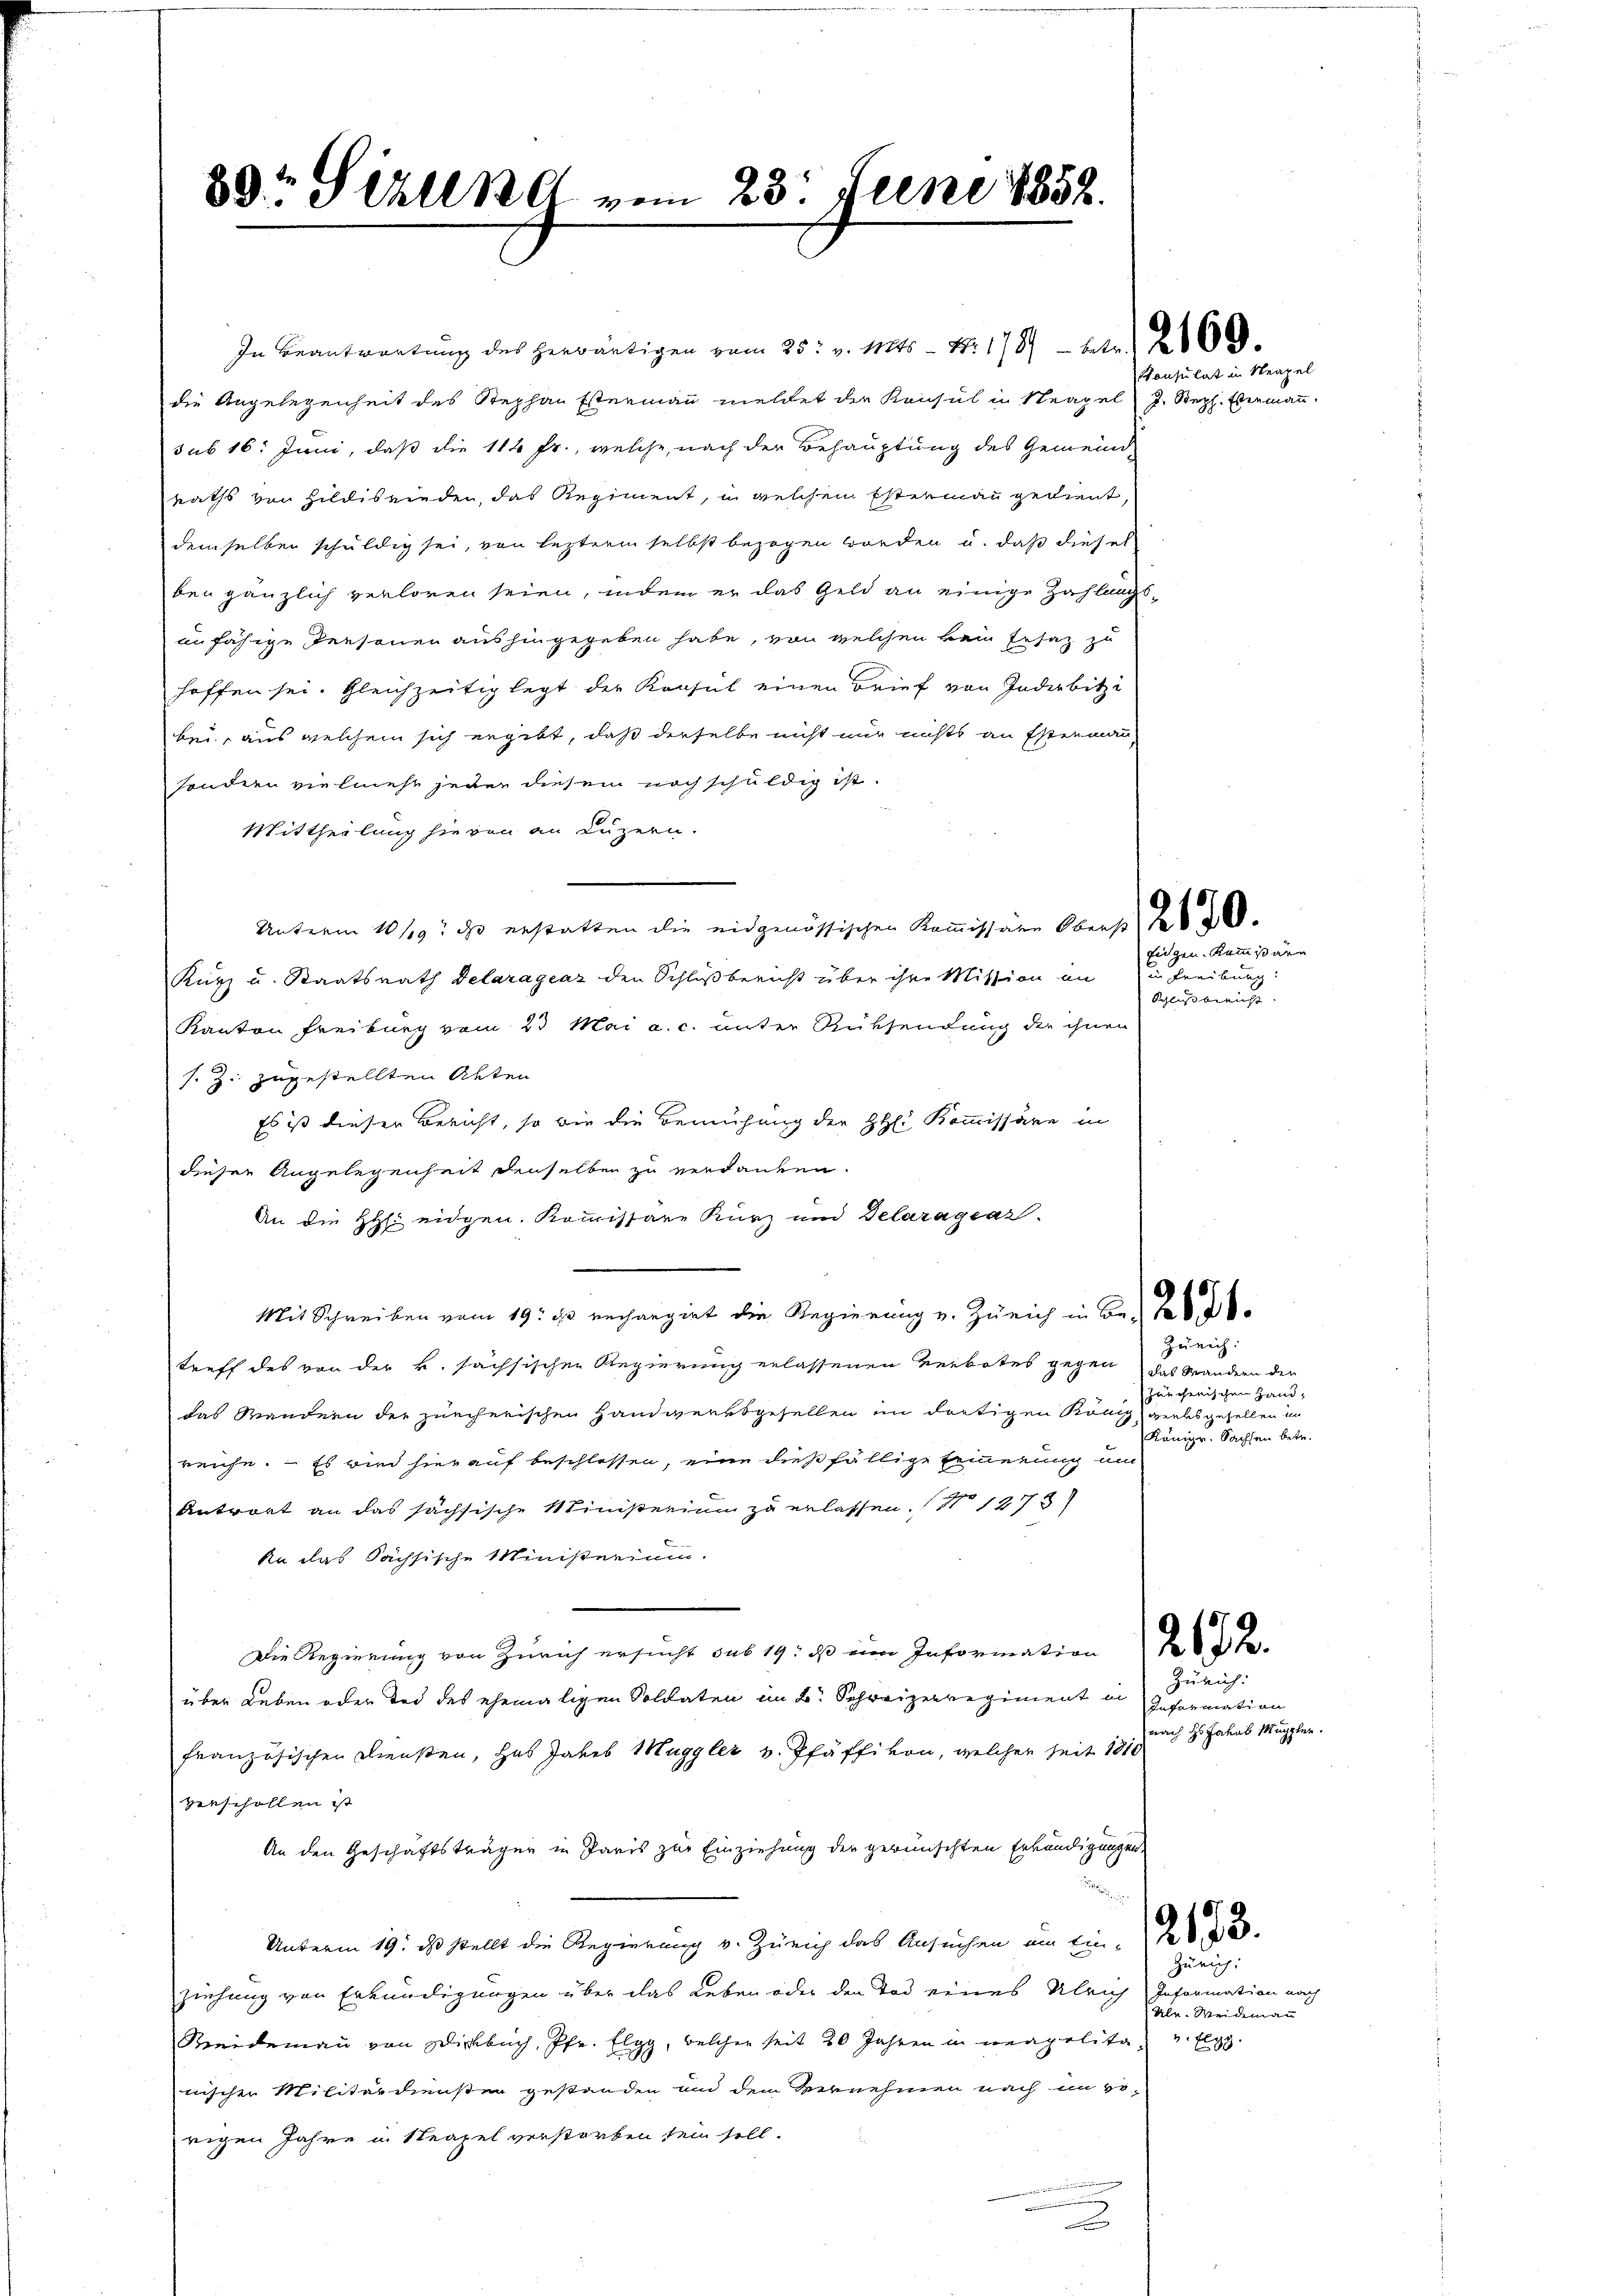
80 Still ne vom 23. Juni 1858.

In Beantwortung des herwärtigen vom 25t v. 1145 - 7. 1787 — 4tr 2160
die Angelegenheit des Stephan Estermann meldet die Konsul in Neapel J. Steph. Ebenmann.
sub 16. Juni, daß die 114 fr., welche, nach der Behauptung des Gemeind-
raths von Hildisrieden, das Regiment, u. welchem Estermann gedient,
demselben schuldig sei, von lezterm selbst bezogen worden u. daß diesel
ben gänzlich verloren seien, indem er das Geld an einige Zahlungs-
unfähige Personen aushingegeben habe, von welchen kein Ersatz zu
hoffen sei. Gleichzeitig legt der Konsul einen Brief von Inderbitzi
bei, aus welchem sich ergibt, daß derselbe nicht nur nichts an Estermann
sondern vielmehr jener diesem noch schuldig ist.
Mittheilung hievon an Luzern.
Unterm 10/19. ds erstatten die eidgenössischen Kommissäre Oberst 280.
Kurz u. Staatsrath Delaragraz den Schlußbericht über ihre Mission an
Kanton Freiburg vom 23 Mai a. c. unter Rücksendung der ihnen
s. Z. zugestellten Akten
Es ist dieser Bericht, so wie die Bemühung der HH: Kommissäre in
dieser Angelegenheit denselben zu verdanken.
An die HH eidgen. Kommissare Kurz und Delaragrar.
Mit Schreiben vom 19. es rechargirt die Regierung v. Zürich in Be- 1890
treff des von der k. sächsischen Regierung erlassenen Verbotes gegen das Wandern den
das Mandern der zürcherischen Handwerksgesellen in dortigen König vielsgesellen im
reiche. Es wird hier auf beschlossen, eine dießfällige Erinnerung um
Antwort an das sächsische Ministerium zu erlassen. (No 1273)
ka das Sächsische Ministerium.
Die Regierung von Zürich ersucht aus 19. ds eine Information 2 te
über Leben oder Tod des ehemaligen Soldaten im 2. Schreizerregiment in geformation
französischen Diensten, hab Jakob Muggler v. Pfäffikon, welcher seit 1810
verschollen ist
An den Geschäftsträgen in Paris zur Einziehung der gewünschten Erkundigungen,
.
Unterm 19. ds. stellt die Regierung v. Zürich das Ansuchen im Ein- 2633.
ziehung von Erkundigungen über das Leben oder den Tod eines Ulrich Information nach
Seidemann von Dickbuch, Pfr. Elgg, welcher seit 20 Jahren in neapolita
nischen Militärdiensten gestanden und dem Vernehmen nach im gerigen Jahre in Neapel verstorben sein soll.
.

Konsulat in Neapel

Eidgen. Kommißärn

in Freiburg
Aeussoraus.

Zürich:
zürchenischen Hand¬
Königr. Sachsen betr.

Zürich:
nach Hs. Jakob Müppler.

Zürich:
Ulr. Weideman
v. Elgg.